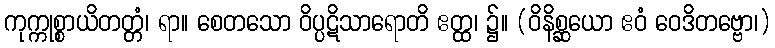
ကုက္ကုစ္စာယိတတ္တံ၊ ရာ။ စေတသော ဝိပ္ပဋိသာရောတိ ဧတ္ထ၊ ၌။ (ဝိနိစ္ဆယော ဧဝံ ဝေဒိတဗ္ဗော၊)